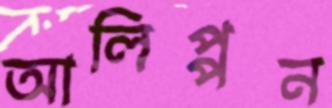
আলিপ্পন